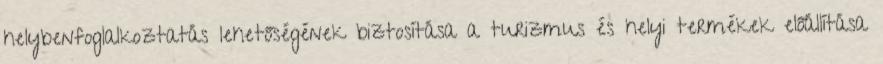
helybenfoglalkoztatás lehetőségének biztosítása a turizmus és helyi termékek előállítása